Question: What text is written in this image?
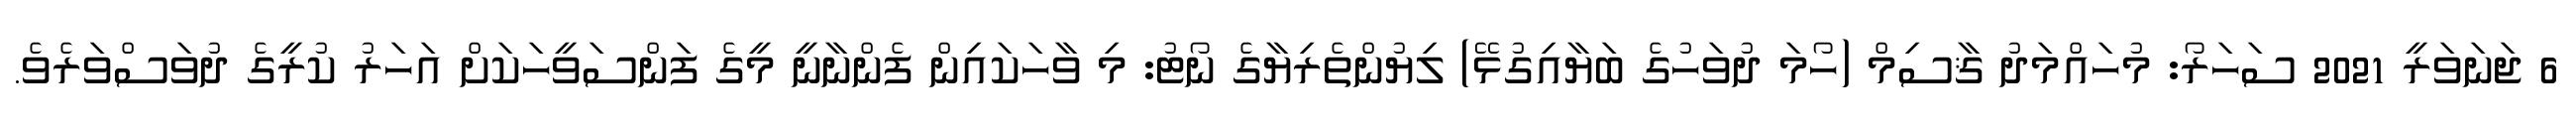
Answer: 6 ޖަނަވަރީ 2021 ސަހަރޯ: މުހައްމަދު ޤާސިމް (ހޯމަ ދުވަހުގެ ބަޔާއިގުޅޭ) ލިޔުންތެރިޔާގެ ނޯޓު: މި ވާހަކައިން ފެންނާނީ މީގެ ފަންސަވީހަކަށް އަހަރު ކުރީގެ ދުވަސްވަރެވެ.